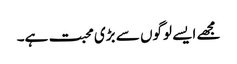
مجھے ایسے لوگوں سے بڑی محبت ہے۔